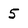
Character: 5